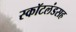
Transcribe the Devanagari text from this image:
स्कॉटलंडसह